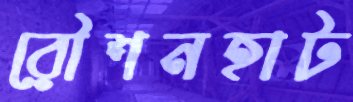
রৌশনহাট